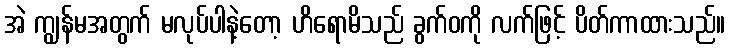
အဲ ကျွန်မအတွက် မလုပ်ပါနဲ့တော့ ဟိရောမိသည် ခွက်ဝကို လက်ဖြင့် ပိတ်ကာထားသည်။